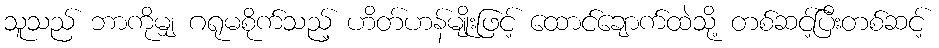
သူသည် ဘာကိုမျှ ဂရုမစိုက်သည့် ဟိတ်ဟန်မျိုးဖြင့် ထောင်ချောက်ထဲသို့ တစ်ဆင့်ပြီးတစ်ဆင့်